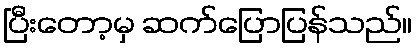
ပြီးတော့မှ ဆက်ပြောပြန်သည်။